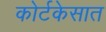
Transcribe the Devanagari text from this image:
कोर्टकेसात